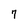
Character: 7